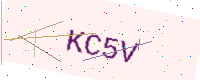
Text: KC5V